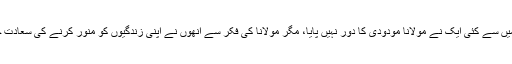
ان لوگوں میں سے کئی ایک نے مولانا مودودیؒ کا دور نہیں پایا، مگر مولانا کی فکر سے انھوں نے اپنی زندگیوں کو منور کرنے کی سعادت حاصل کی۔